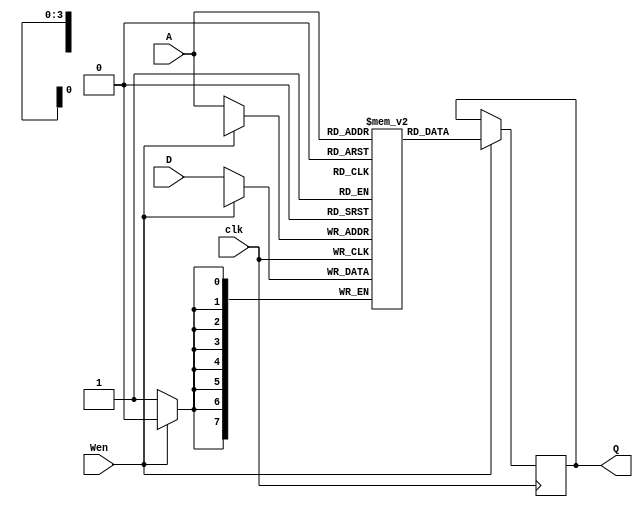
`timescale 1ns / 1ps
//////////////////////////////////////////////////////////////////////////////////
// Company: 
// Engineer: 
// 
// Design Name: 
// Module Name: spr
// Project Name: 
// Target Devices: 
// Tool Versions: 
// Description: 
// 
// Dependencies: 
// 
// Revision:
// Revision 0.01 - File Created
// Additional Comments:
// 
//////////////////////////////////////////////////////////////////////////////////


module spr(clk,D,A,Wen,Q);         
 input clk;
 input Wen;
 input [7:0]D;
 input [3:0]A;
 output reg [7:0]Q;

 reg [7:0] memory[15:0];                                                                             
  always @(posedge clk)
  begin                                                                                              
         if(Wen)
             begin                                                                        
                Q<=memory[A];                                                              
             end                                                                                
         else
            begin
               memory[A]<=D;                                                              
             end                   
  end                                
  endmodule